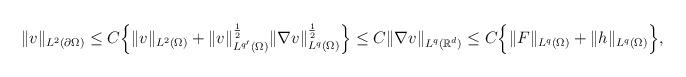
LaTeX: \begin{align*}\begin{aligned}\|v\|_{L^2(\partial\Omega)}\leq C\Big\{\|v\|_{L^2(\Omega)}+\|v\|_{L^{q^\prime}(\Omega)}^{\frac{1}{2}}\|\nabla v\|_{L^q(\Omega)}^{\frac{1}{2}}\Big\}\leq C\|\nabla v\|_{L^q(\mathbb{R}^d)}\leq C\Big\{\|F\|_{L^{q}(\Omega)}+\|h\|_{L^{q}(\Omega)}\Big\},\end{aligned}\end{align*}